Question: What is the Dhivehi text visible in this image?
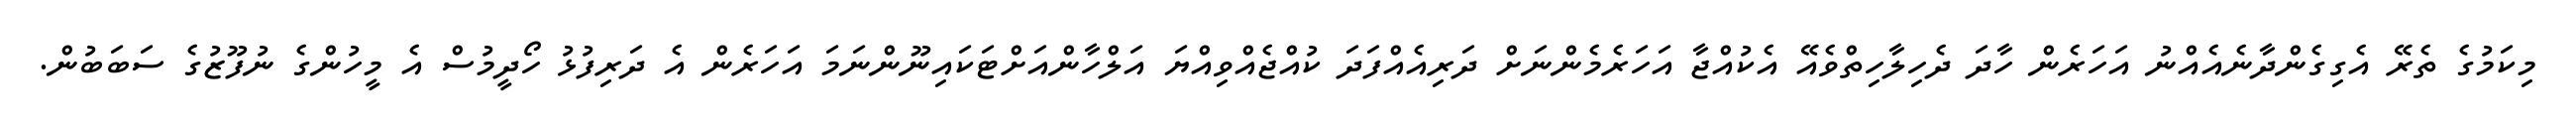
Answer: މިކަމުގެ ތެރޭ އެގިގެންދާނެއެއްނު އަހަރެން ހާދަ ދެހިލާހިތްވެއޭ އެކުއްޖާ އަހަރެމެންނަށް ދަރިއެއްފަދަ ކުއްޖެއްވިއްޔަ އަލްހާންއަށްޓަކައިނޫންނަމަ އަހަރެން އެ ދަރިފުޅު ހޯދީމުސް އެ މީހުންގެ ނުފޫޒުގެ ސަބަބުން.